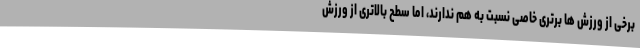
برخی از ورزش ها برتری خاصی نسبت به هم ندارند، اما سطح بالاتری از ورزش